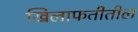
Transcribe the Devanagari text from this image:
खिलाफतीतील